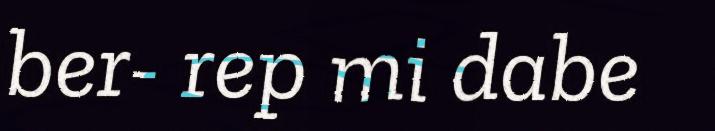
ber- rep mi dabe